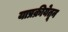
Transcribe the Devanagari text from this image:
याप्रक्रीयेतून